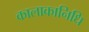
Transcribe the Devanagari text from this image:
कालाकानिधि